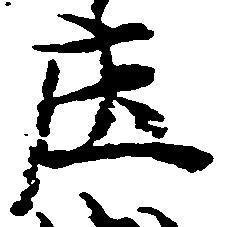
庄